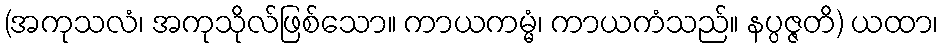
(အကုသလံ၊ အကုသိုလ်ဖြစ်သော။ ကာယကမ္မံ၊ ကာယကံသည်။ နပ္ပဇ္ဇတိ) ယထာ၊